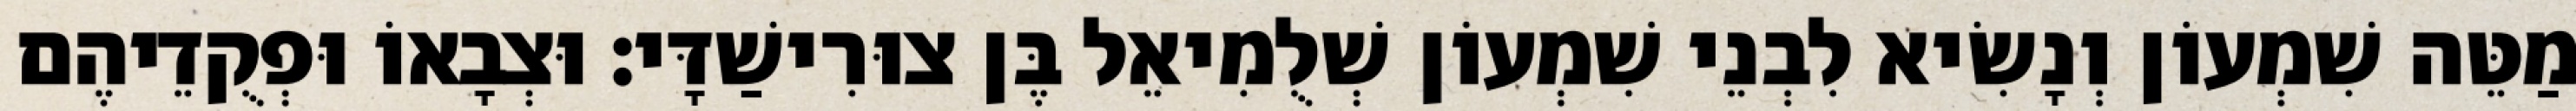
מַטֵּה שִׁמְעוֹן וְנָשִׂיא לִבְנֵי שִׁמְעוֹן שְׁלֻמִיאֵל בֶּן צוּרִישַׁדָּי׃ וּצְבָאוֹ וּפְקֻדֵיהֶם